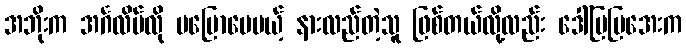
အဘိုးက အင်္ဂလိပ်လို မပြောပေမယ့် နားလည်တဲ့သူ ဖြစ်တယ်လို့လည်း ဒေါ်မြမြအေးက